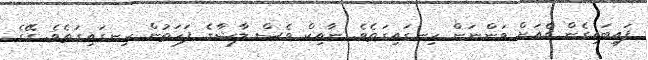
ފައިބައިގެން ގެއަށް ވަންނަން ހިނގައިގަތެވެ. ނާއިކް ވެސް ލާޝާގެ ފަހަތުން ހިނގައިގަތެވެ. ގޭގެ